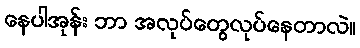
နေပါအုန်း ဘာ အလုပ်တွေလုပ်နေတာလဲ။